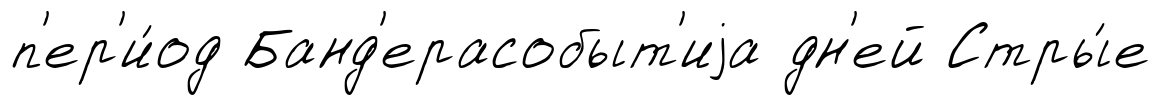
п'ер'и́од Банд'ерасобыт'иjа дн'ей Стры́е